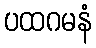
ပထဂမနံ